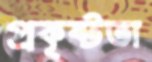
প্রকৃষ্টতা